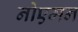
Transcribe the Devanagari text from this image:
नोएमन